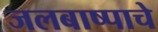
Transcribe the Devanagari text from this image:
जलबाष्पाचे